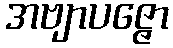
အဗျာပဇ္ဇော